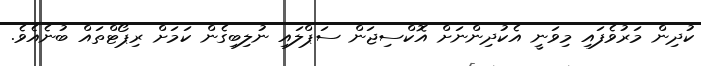
ކުދިން މަރުވެފައި މިވަނީ އެކުދިންނަށް އޮކްސިޖަން ސަޕްލައި ނުލިބިގެން ކަމަށް ރިޕޯޓްތައް ބުނެއެވެ.